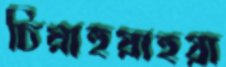
চিয়াহুয়াহুয়া